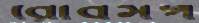
রোবসপ